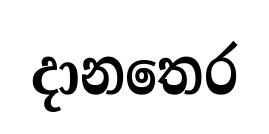
දානතෙර